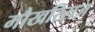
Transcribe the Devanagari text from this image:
मौखरिराज